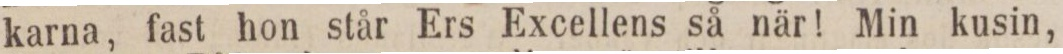
karna, fast hon står Ers Excellens så när! Min kusin,